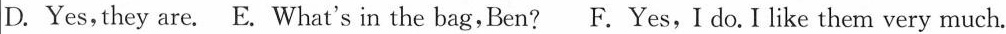
D.Yes, they are.E. What's in the bag,Ben? F.Yes,I do. I like them very much.